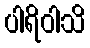
ပါရိဝါသိ